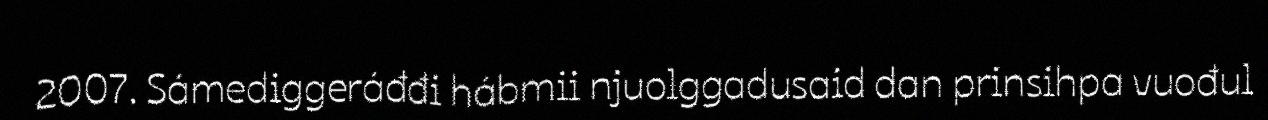
2007. Sámediggeráđđi hábmii njuolggadusaid dan prinsihpa vuođul